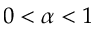
0 < \alpha < 1